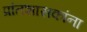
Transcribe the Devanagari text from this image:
प्रांतशासकांना